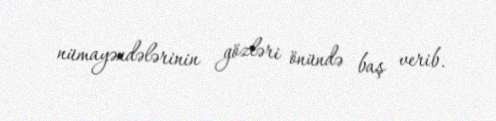
nümayəndələrinin gözləri önündə baş verib.